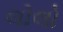
લોલો